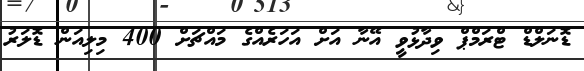
ޑޮނަލްޑް ޓްރަމްޕް ވިދާޅުވީ އޭނާ އަށް އަހަރެއްގެ މައްޗަށް 400 މިލިއަން ޑޮލަރު